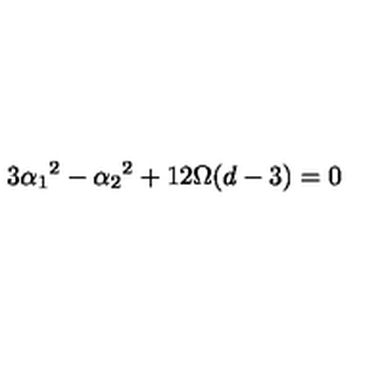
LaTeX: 3 \alpha _ { 1 } { } ^ { 2 } - \alpha _ { 2 } { } ^ { 2 } + 1 2 \Omega ( d - 3 ) = 0